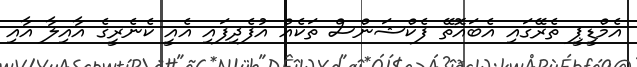
އެމްޑީޕީ ތެރޭގައި އެބައޮތޭ ފެކްޝަންސް ތަކެއް އުފެދިފައި އެއީ ކެނެރީގެ އާއިލާ އާއި